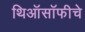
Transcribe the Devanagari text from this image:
थिऑसॉफीचे